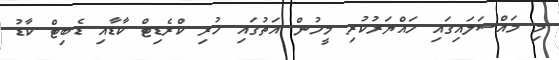
މި މައްސަލައިގައި ހައްޔަރުކުރި މީހުން އަތުގައި ހުރި ކްރެޑިޓް ކާޑާއި ޑެބިޓް ކާޑު